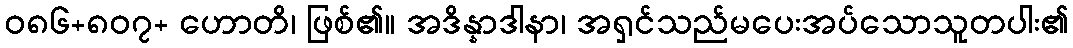
ဝ၈၆+၈၀၇+ ဟောတိ၊ ဖြစ်၏။ အဒိန္နာဒါနာ၊ အရှင်သည်မပေးအပ်သောသူတပါး၏